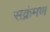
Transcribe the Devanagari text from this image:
सक्रंमण